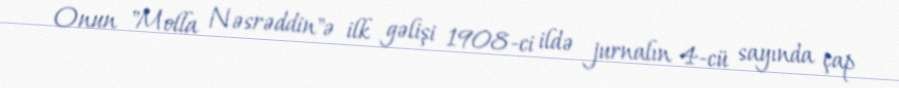
Onun "Molla Nəsrəddin"ə ilk gəlişi 1908-ci ildə jurnalın 4-cü sayında çap